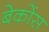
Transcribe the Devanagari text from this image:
बेकोंस